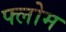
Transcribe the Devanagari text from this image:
फ्लोम